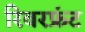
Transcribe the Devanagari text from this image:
रिवरफ्रंट